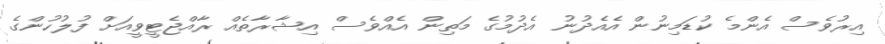
އިރުވެސް އެންމެ ކުޑަމިނުން އެއެދުނު އެދުމުގެ މަތިން އެއްވެސް އިޝާރާތެއް ރާއްޖެޓީވީއަށް ފުލުހުންގެ